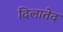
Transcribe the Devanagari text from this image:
दिलातेद